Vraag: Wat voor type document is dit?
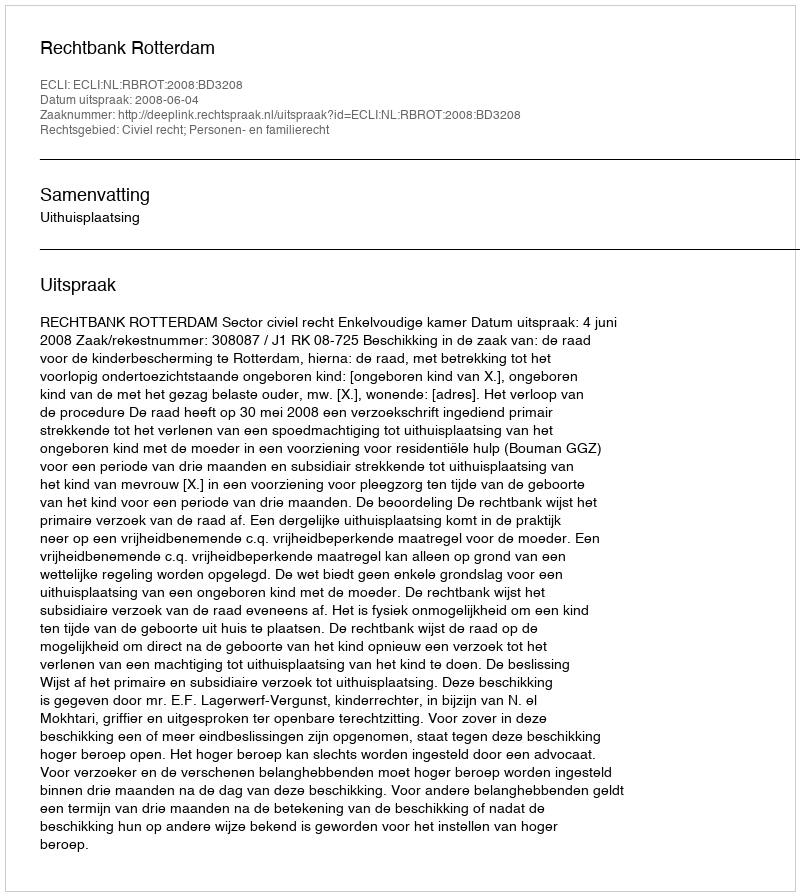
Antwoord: Uitspraak